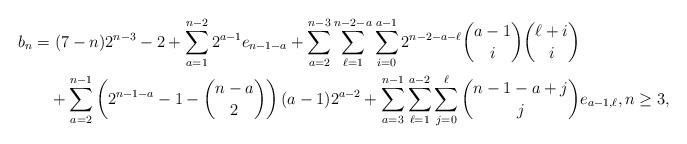
LaTeX: \begin{align*}b_n&=(7-n)2^{n-3}-2+\sum_{a=1}^{n-2}2^{a-1}e_{n-1-a}+\sum_{a=2}^{n-3}\sum_{\ell=1}^{n-2-a}\sum_{i=0}^{a-1}2^{n-2-a-\ell}\binom{a-1}{i}\binom{\ell+i}{i}\\&\quad+\sum_{a=2}^{n-1}\left(2^{n-1-a}-1-\binom{n-a}{2}\right)(a-1)2^{a-2}+\sum_{a=3}^{n-1}\sum_{\ell=1}^{a-2}\sum_{j=0}^{\ell}\binom{n-1-a+j}{j}e_{a-1,\ell}, n \geq 3,\end{align*}